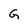
Character: G